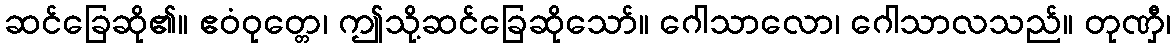
ဆင်ခြေဆို၏။ ဧဝံဝုတ္တေ၊ ဤသို့ဆင်ခြေဆိုသော်။ ဂေါသာလော၊ ဂေါသာလသည်။ တုဏှီ၊